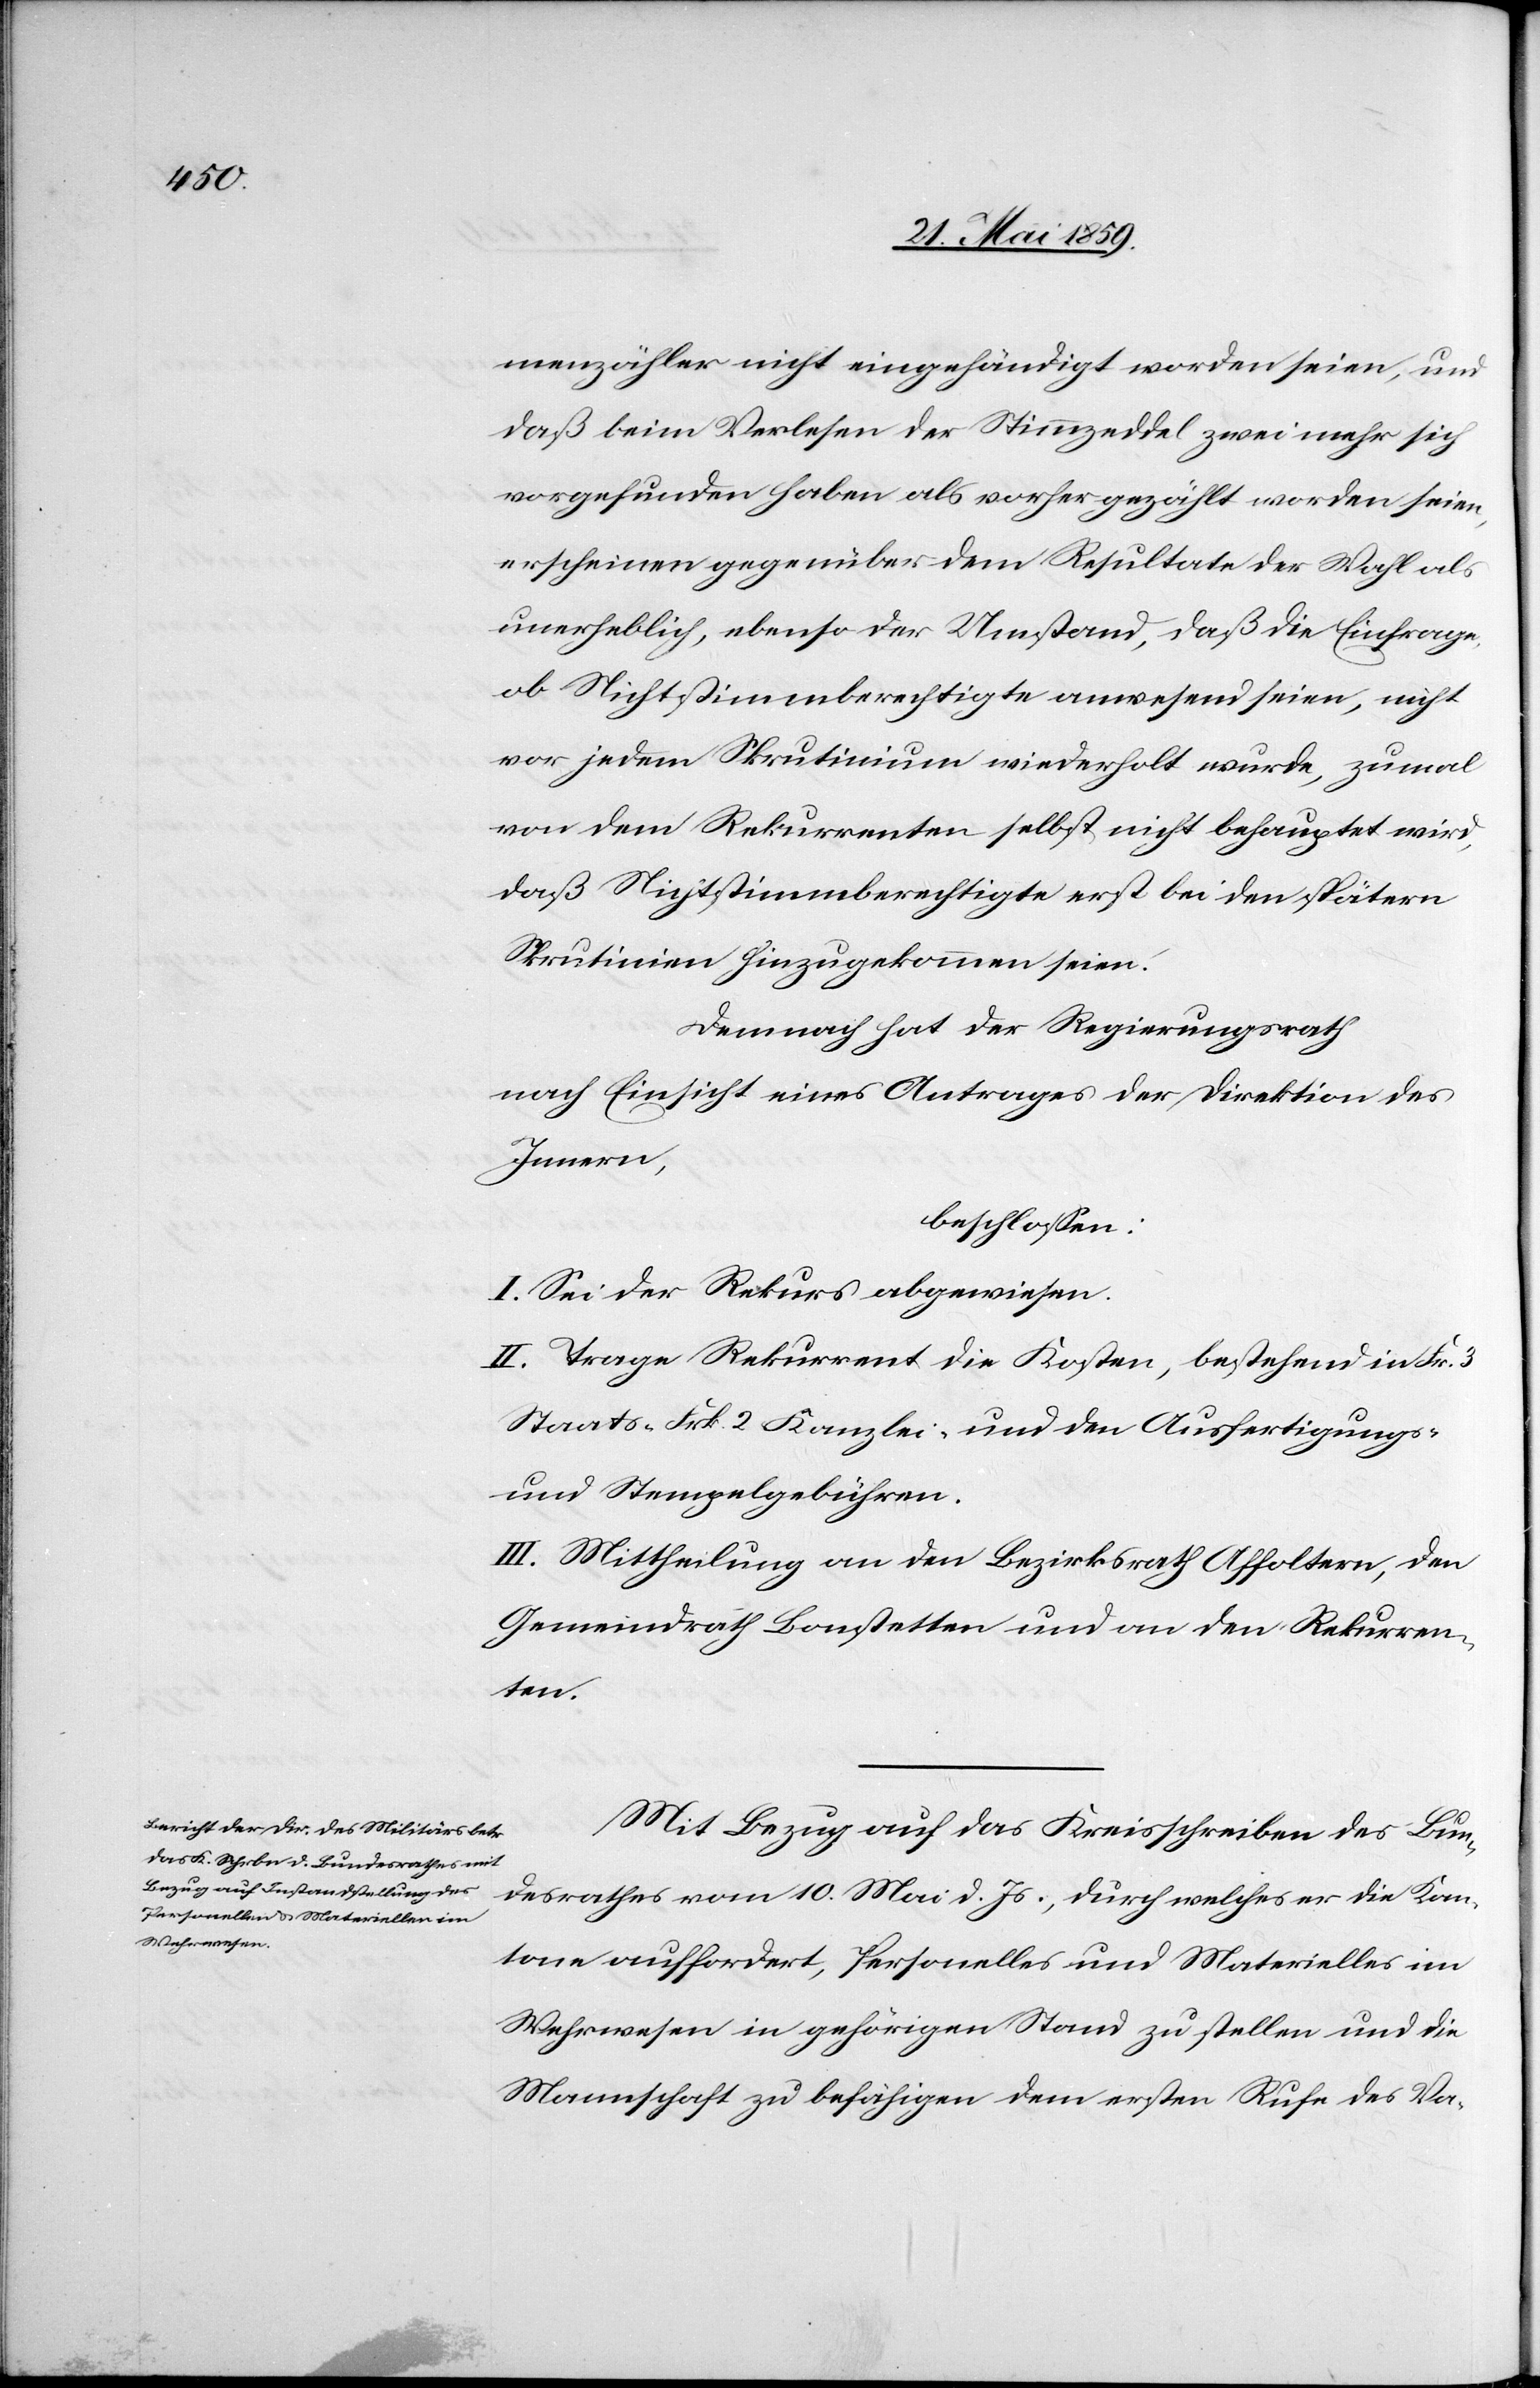
menzähler nicht eingehändigt worden seien, und
daß beim Verlesen der Stimmzeddel zwei mehr sich
vorgefunden haben als vorher gezählt worden seien,
erscheinen gegenüber dem Resultate der Wahl als
unerheblich, ebenso der Umstand, daß die Einfrage,
ob Nichtstimmberechtigte anwesend seien, nicht
vor jedem Skrutinium wiederholt wurde, zumal
von dem Rekurrenten selbst nicht behauptet wird,
daß Nichtstimmberechtigte erst bei den spätern
Skrutinien hinzugekommen seien.
Demnach hat der Regierungsrath
nach Einsicht eines Antrages der Direktion des
Innern,
beschlossen:
I. Sei der Rekurs abgewiesen.
II. Trage Rekurrent die Kosten, bestehend in Fr. 3
Staats-, Frk 2 Kanzlei-, und den Ausfertigungs-
und Stempelgebühren.
III. Mittheilung an den Bezirksrath Affoltern, den
Gemeindrath Bonstetten und an den Rekurren¬
ten.
Mit Bezug auf das Kreisschreiben des Bun¬
desrathes vom 10. Mai d. Js., durch welches er die Kan¬
tone auffordert, Personelles und Materielles im
Wehrwesen in gehörigen Stand zu stellen und die
Mannschaft zu befähigen dem ersten Rufe des Va-